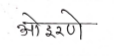
मजकूर: ओइरणे